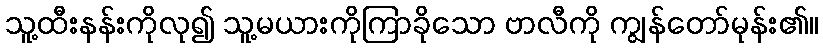
သူ့ထီးနန်းကိုလု၍ သူ့မယားကိုကြာခိုသော ဗာလီကို ကျွန်တော်မုန်း၏။